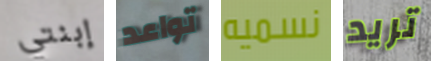
إبنتي تواعد نسميه تريد